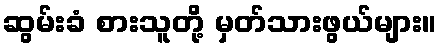
ဆွမ်းခံ စားသူတို့ မှတ်သားဖွယ်များ။